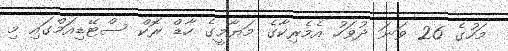
މަހުގެ 26 ވަނަ ދުވަހު އެެމެރިކާގެ މަޔާމީގެ ހާޑް ރޮކް ސްޓޭޑިއަމްގައި މި